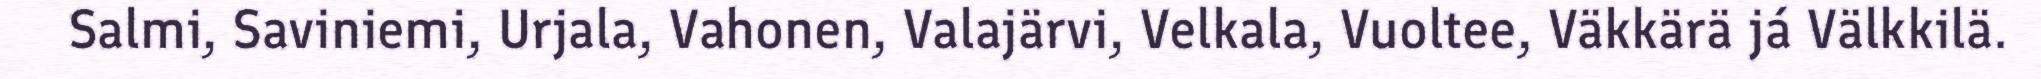
Salmi, Saviniemi, Urjala, Vahonen, Valajärvi, Velkala, Vuoltee, Väkkärä já Välkkilä.